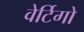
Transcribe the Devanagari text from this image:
वेर्टिगो